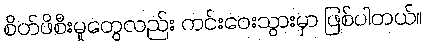
စိတ်ဖိစီးမှုတွေလည်း ကင်းဝေးသွားမှာ ဖြစ်ပါတယ်။